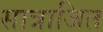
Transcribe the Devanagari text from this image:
सात्राजित